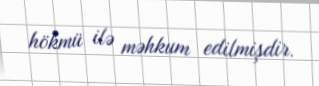
hökmü ilə məhkum edilmişdir.